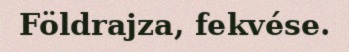
Földrajza, fekvése.